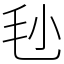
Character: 毜